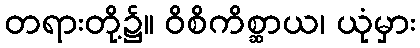
တရားတို့၌။ ဝိစိကိစ္ဆာယ၊ ယုံမှား